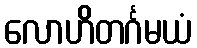
လောဟိတင်္ဂမယံ